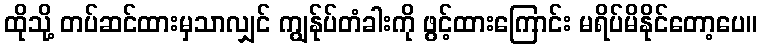
ထိုသို့ တပ်ဆင်ထားမှသာလျှင် ကျွန်ုပ်တံခါးကို ဖွင့်ထားကြောင်း မရိပ်မိနိုင်တော့ပေ။